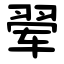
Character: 翚